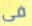
فى